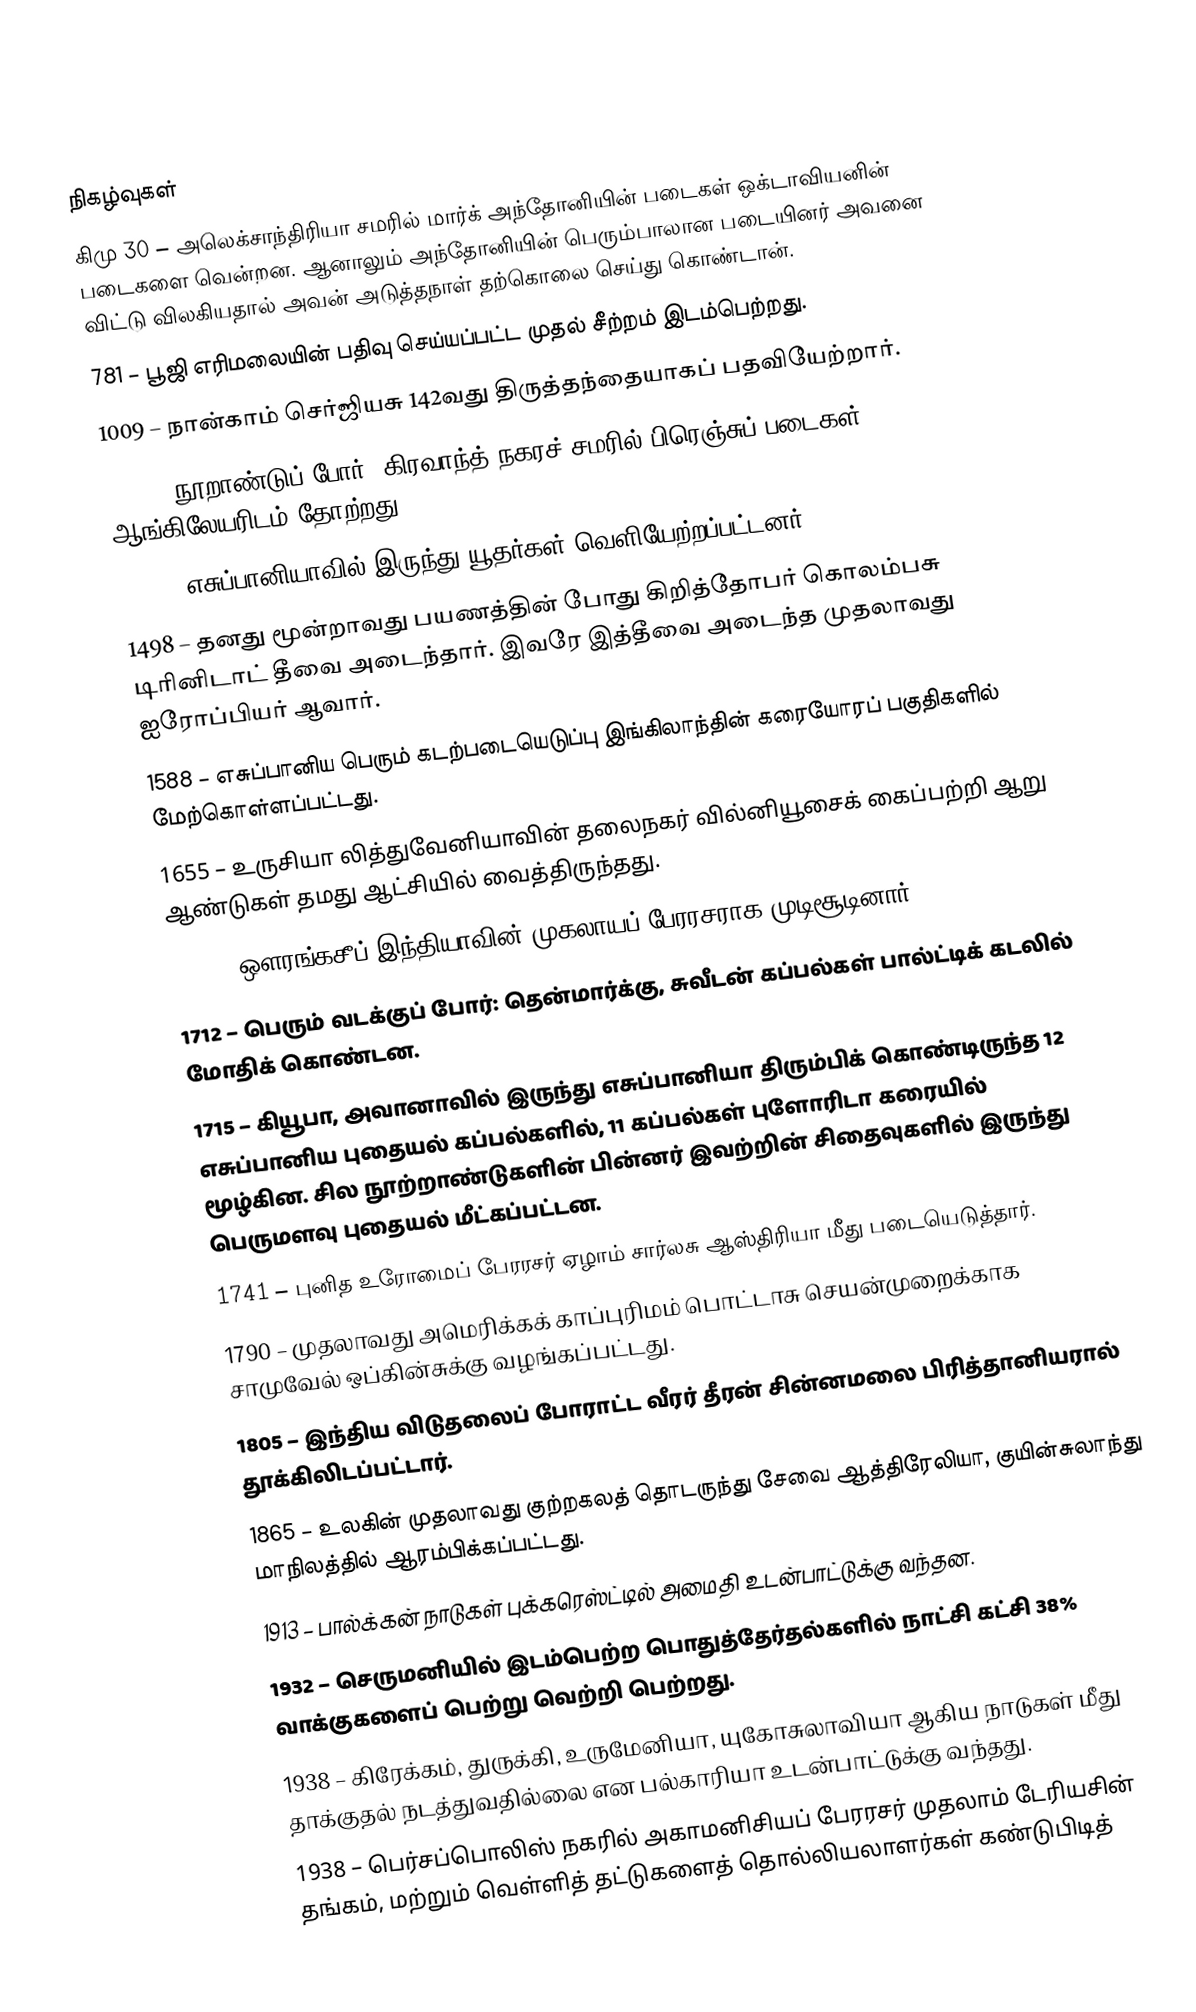

நிகழ்வுகள்
கிமு 30 – அலெக்சாந்திரியா சமரில் மார்க் அந்தோனியின் படைகள் ஒக்டாவியனின் படைகளை வென்றன. ஆனாலும் அந்தோனியின் பெரும்பாலான படையினர் அவனை விட்டு விலகியதால் அவன் அடுத்தநாள் தற்கொலை செய்து கொண்டான்.
781 – பூஜி எரிமலையின் பதிவு செய்யப்பட்ட முதல் சீற்றம் இடம்பெற்றது.
1009 – நான்காம் செர்ஜியசு 142வது திருத்தந்தையாகப் பதவியேற்றார்.
1423 – நூறாண்டுப் போர்: கிரவாந்த் நகரச் சமரில் பிரெஞ்சுப் படைகள் ஆங்கிலேயரிடம் தோற்றது.
1492 – எசுப்பானியாவில் இருந்து யூதர்கள் வெளியேற்றப்பட்டனர்.
1498 – தனது மூன்றாவது பயணத்தின் போது கிறித்தோபர் கொலம்பசு டிரினிடாட் தீவை அடைந்தார். இவரே இத்தீவை அடைந்த முதலாவது ஐரோப்பியர் ஆவார்.
1588 – எசுப்பானிய பெரும் கடற்படையெடுப்பு இங்கிலாந்தின் கரையோரப் பகுதிகளில் மேற்கொள்ளப்பட்டது.
1655 – உருசியா லித்துவேனியாவின் தலைநகர் வில்னியூசைக் கைப்பற்றி ஆறு ஆண்டுகள் தமது ஆட்சியில் வைத்திருந்தது.
1658 – ஔரங்கசீப் இந்தியாவின் முகலாயப் பேரரசராக முடிசூடினார்.
1712 – பெரும் வடக்குப் போர்: தென்மார்க்கு, சுவீடன் கப்பல்கள் பால்ட்டிக் கடலில் மோதிக் கொண்டன.
1715 – கியூபா, அவானாவில் இருந்து எசுப்பானியா திரும்பிக் கொண்டிருந்த 12 எசுப்பானிய புதையல் கப்பல்களில், 11 கப்பல்கள் புளோரிடா கரையில் மூழ்கின. சில நூற்றாண்டுகளின் பின்னர் இவற்றின் சிதைவுகளில் இருந்து பெருமளவு புதையல் மீட்கப்பட்டன.
1741 – புனித உரோமைப் பேரரசர் ஏழாம் சார்லசு ஆஸ்திரியா மீது படையெடுத்தார்.
1790 – முதலாவது அமெரிக்கக் காப்புரிமம் பொட்டாசு செயன்முறைக்காக சாமுவேல் ஒப்கின்சுக்கு வழங்கப்பட்டது.
1805 – இந்திய விடுதலைப் போராட்ட வீரர் தீரன் சின்னமலை பிரித்தானியரால் தூக்கிலிடப்பட்டார்.
1865 – உலகின் முதலாவது குற்றகலத் தொடருந்து சேவை ஆத்திரேலியா, குயின்சுலாந்து மாநிலத்தில் ஆரம்பிக்கப்பட்டது.
1913 – பால்க்கன் நாடுகள் புக்கரெஸ்ட்டில் அமைதி உடன்பாட்டுக்கு வந்தன.
1932 – செருமனியில் இடம்பெற்ற பொதுத்தேர்தல்களில் நாட்சி கட்சி 38% வாக்குகளைப் பெற்று வெற்றி பெற்றது.
1938 – கிரேக்கம், துருக்கி, உருமேனியா, யுகோசுலாவியா ஆகிய நாடுகள் மீது தாக்குதல் நடத்துவதில்லை என பல்காரியா உடன்பாட்டுக்கு வந்தது.
1938 – பெர்சப்பொலிஸ் நகரில் அகாமனிசியப் பேரரசர் முதலாம் டேரியசின் தங்கம், மற்றும் வெள்ளித் தட்டுகளைத் தொல்லியலாளர்கள் கண்டுபிடித்